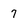
Character: 7